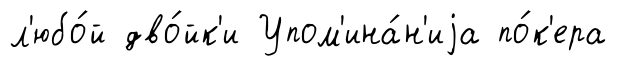
л'юбо́й дво́йк'и Упом'ина́н'иjа по́к'ера